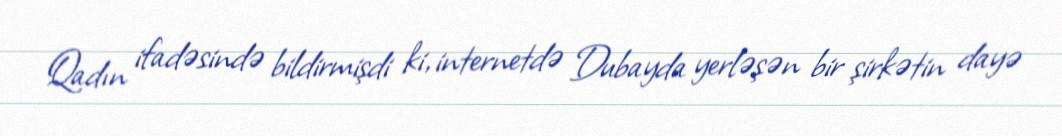
Qadın ifadəsində bildirmişdi ki, internetdə Dubayda yerləşən bir şirkətin dayə